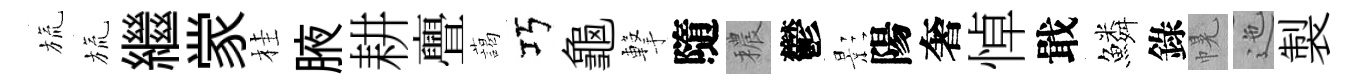
旒旒繼䝉桂腋耕亹藹巧龜撃隨穠鬱影陽奢悼戢鱗錄幌迤製